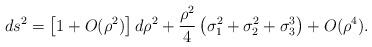
LaTeX: \begin{align*}ds^2= \left[ 1 + O(\rho^2) \right]d\rho^2+\frac{\rho^2}{4}\left(\sigma_1^2+\sigma_2^2+\sigma_3^3\right) +O(\rho^4).\end{align*}